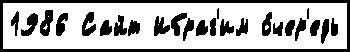
1986 Сайт Ибраг'им о́чер'едь